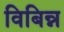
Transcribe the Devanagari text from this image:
विबिन्न